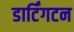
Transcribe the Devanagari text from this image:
डार्टिंगटन